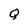
Character: Q